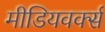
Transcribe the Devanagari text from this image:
मीडियवर्क्स